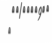
٦